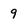
Character: 9